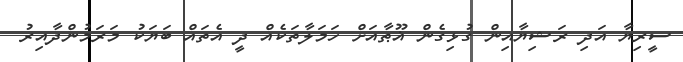
ސީރިޔާ އަދި ރަޝިޔާއިން ގުޅިގެން ޣޫޠާއަށް ހަމަލާތަކެއް ދީ އެތައް ބަޔަކު މަރަމުންދާއިރު